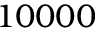
1 0 0 0 0